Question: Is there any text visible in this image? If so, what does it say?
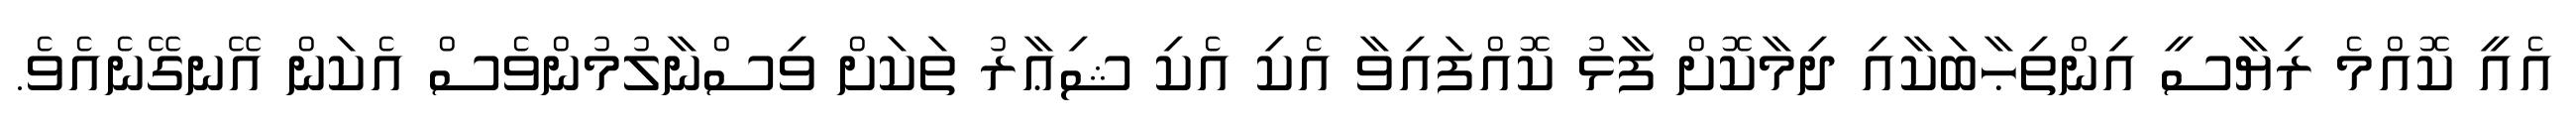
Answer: އެއީ ކޮއްމެ ރިޔާސީ އިންތިޙާބަކާއި ދިމާކޮށް ފާޅު ކޮއްފައިވާ އެކި އެކި ޝިޢާރު ތަކަށް ވިސްނާލުމުންވެސް އެކަން އޭނގޭނެއެވެ.